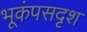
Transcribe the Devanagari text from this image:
भूकंपसदृश